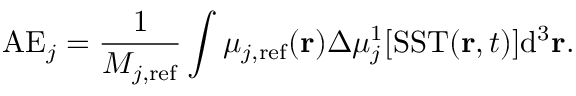
\mathrm { A E } _ { j } = \frac { 1 } { M _ { j , \mathrm { r e f } } } \int { \mu _ { j , \mathrm { r e f } } ( \mathbf { r } ) \Delta \mu _ { j } ^ { 1 } [ \mathrm { S S T } ( \mathbf { r } , t ) ] } \mathrm { d } ^ { 3 } \mathbf { r } .